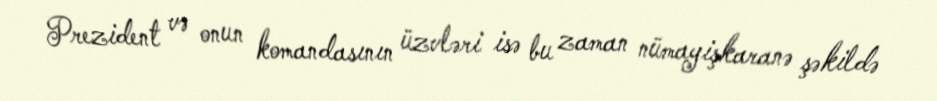
Prezident və onun komandasının üzvləri isə bu zaman nümayişkaranə şəkildə